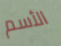
الأسم